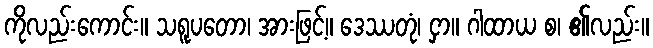
ကိုလည်းကောင်း။ သရူပတော၊ အားဖြင့်။ ဒေဿတုံ၊ ငှာ။ ဂါထာယ စ၊ ၏လည်း။